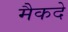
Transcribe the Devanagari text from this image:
मैकदे